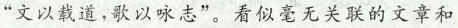
“文以载道,歌以咏志”。看似毫无关联的文章和